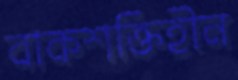
বাকশক্তিহীন